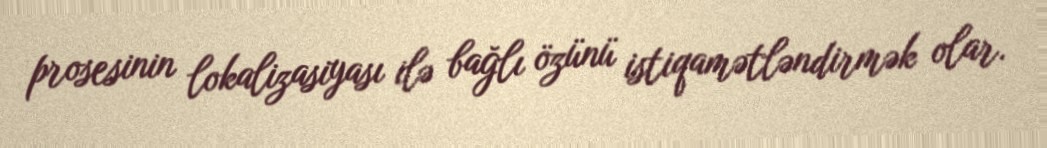
prosesinin lokalizasiyası ilə bağlı özünü istiqamətləndirmək olar.